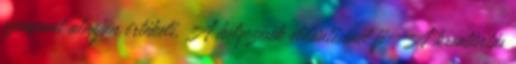
szempont alapján értékeli. A helyezések eldöntésénél fi- A kreativitás